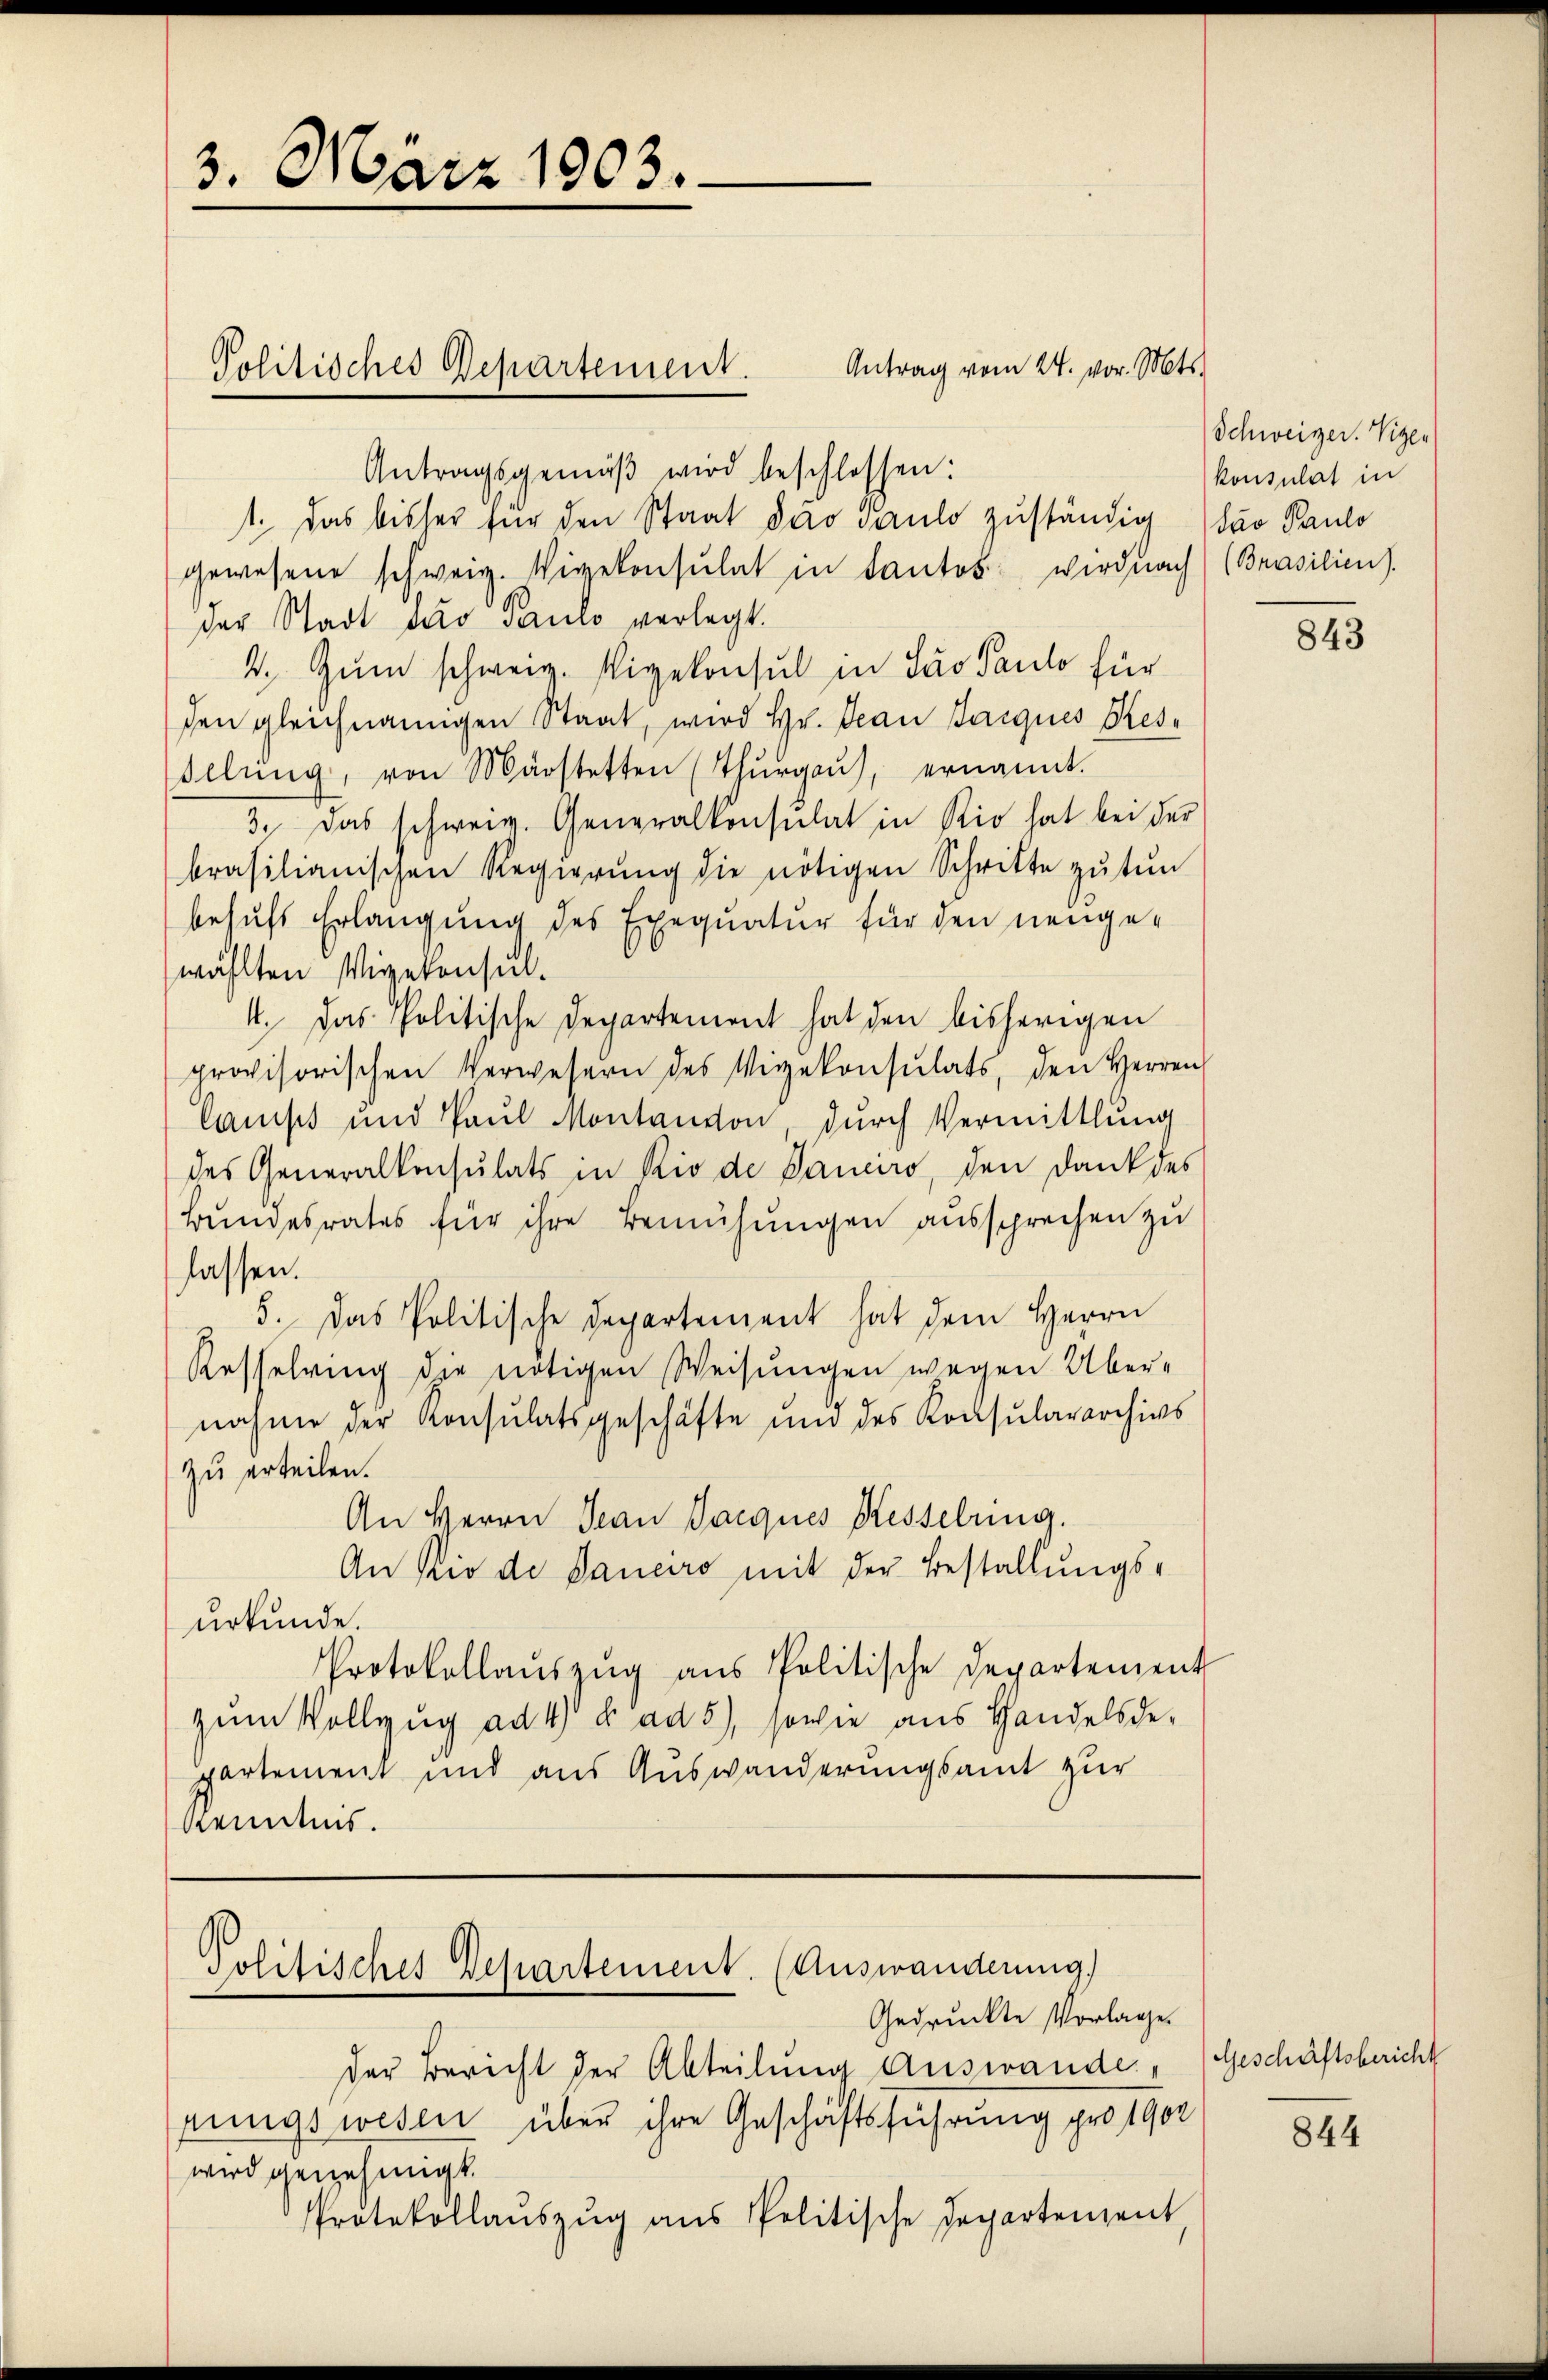
3. März 1903.

Antragsgemäβ wird beschlossen:
1. Das bisher für den Staat dero Paulo zuständig das Paulo
gewesene schweiz. Vizekonsulat in Kantos wird nach (Brasilien).
der Stadt das Paulo verlegt.
2. Zum schweiz. Vigekonsul in Sav Paulo für
den gleichnangen Staat, wird Hr. Jean Jacques Resellŭng, von Märstetten (Thŭrgaŭ, ernannt.
3. Das schweiz. Generalkonsulat in Rio hat bei der
brasilianischen Regierŭng die nötigen Schritte zŭtŭn
behufs Erlangung des Exequatur für den neugewählten Wigekonsul¬
4. Das Politische Departement hat den bisherigen
provisorischen Verwesern des Vizekonsulats, den Herren
lanst und Paul Montanton durch Vermittlung
des Generalkonsulats in Rio de Dauero, den Dank des
Bundesrates für ihre Bemühungen aussprechen zu
lassen.
5. Das Politische Departement hat dem Herrn
Kesselring die nötigen Weisungen wegen Über-
nahme der Konsulatsgeschäfte und des Konsulararchivs
zu erteilen.
An Herrn Jean Parques Kesselring.
An Rio de Daneiro mit der Bestallungsurkunde.
Protokollaŭszŭg ans Politische Departement
zum Vollzug ad 4 t ad 5), sowie aus Handelsdepartement und aus Auswanderungsamt zur
Kenntnis.

Politisches Repartement. Antrag vom 24. vor. Mts.

Politisches Departement. (Auswanderung,
Gedruckte Vorlage.

Schweizer. Vizer
konsulat in

der Bericht der Abteilung Auswande, (Geschäftsbericht
pungswesen über ihre Geschäftsführung pro 1902
wird genehmigt.
Protokollaŭszŭg ans Politische Departement,

843

844